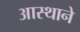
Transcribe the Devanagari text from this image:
आस्थाने